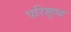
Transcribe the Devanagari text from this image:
परिशुध्द